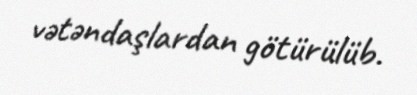
vətəndaşlardan götürülüb.